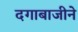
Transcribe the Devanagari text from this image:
दगाबाजीने